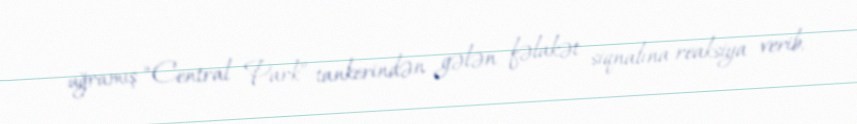
uğramış “Central Park” tankerindən gələn fəlakət siqnalına reaksiya verib.